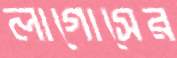
লাগোসের